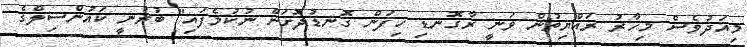
މިއަދުވެސް މިހާރު ރައްޔިތުން ވަނީ ރާގޮނޑި ހިފަން ގޮނޑުދޮށަށް ނުކުމެފައި" ބުރުނީ ކައުންސިލްގެ